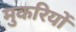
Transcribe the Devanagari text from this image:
मुकरियों